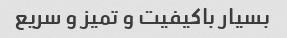
بسیار باکیفیت و تمیز و سریع